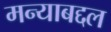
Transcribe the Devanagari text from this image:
मन्याबद्दल